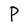
Character: P